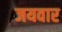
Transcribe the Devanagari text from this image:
जयवार